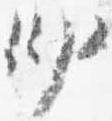
少